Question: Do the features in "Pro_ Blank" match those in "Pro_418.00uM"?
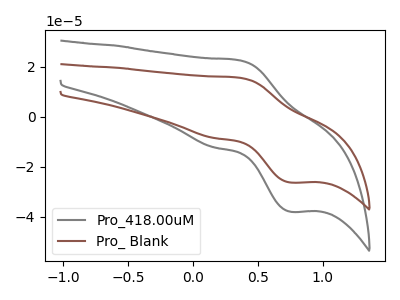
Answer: <think>The gray curve "Pro_418.00uM" has an anodic peak at (0.35V, 22.70uA) and a cathodic peak at (0.75V, -38.00uA). The brown curve "Pro_ Blank" has an anodic peak at (0.35V, 15.70uA) and a cathodic peak at (0.75V, -26.30uA).
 All the peaks in "Pro_ Blank" have a peak in "Pro_418.00uM" at the same potential. Every peak in "Pro_ Blank" is lower than every peak in "Pro_418.00uM".</think>
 <answer>"Pro_ Blank" and "Pro_418.00uM" are similar in shape.</answer>
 <eval>same_shape</eval>